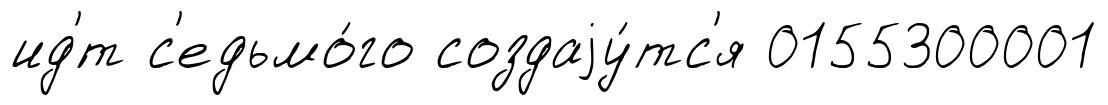
ид'́т с'едьмо́го создаjу́тс'я 0155300001